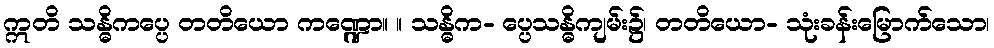
ဣတိ သန္ဓိကပ္ပေ တတိယော ကဏ္ဍော။ ။ သန္ဓိက- ပ္ပေသန္ဓိကျမ်း၌၊ တတိယော- သုံးခန်းမြောက်သော၊